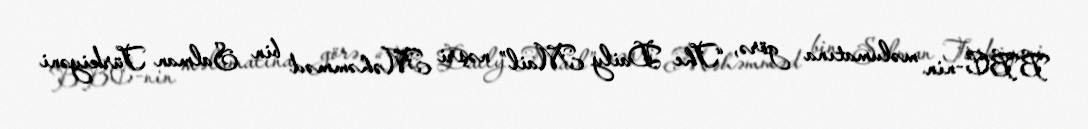
BBC-nin məlumatına görə, “The Daily Mail” nəşri Məhəmməd bin Salman Türkiyəni